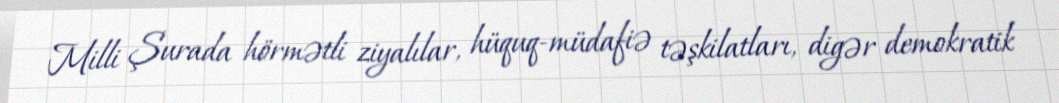
Milli Şurada hörmətli ziyalılar, hüquq-müdafiə təşkilatları, digər demokratik